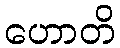
ဟောတိ